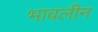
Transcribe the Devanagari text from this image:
भावलीन